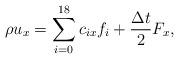
LaTeX: \begin{align*}\rho {u_x} = \sum\limits_{i = 0}^{18} {{c_{ix}}{f_i} + \frac{{\Delta t}}{2}{F_x}}, \end{align*}